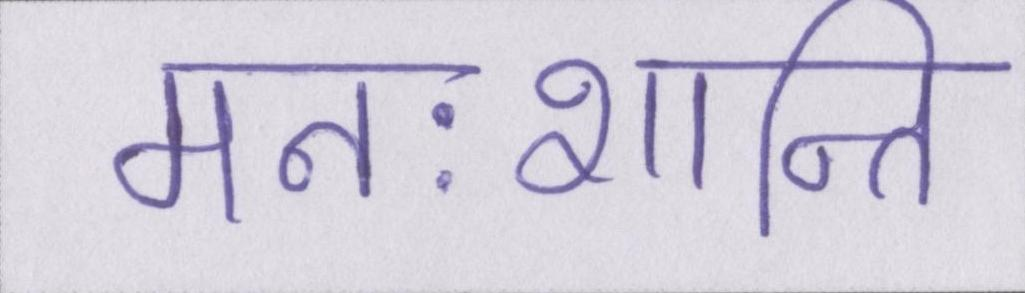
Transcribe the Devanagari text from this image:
मनःशान्ति